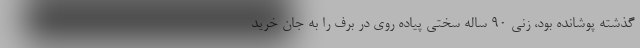
گذشته پوشانده بود، زنی ۹۰ ساله سختی پیاده روی در برف را به جان خرید